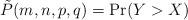
LaTeX: \begin{align*} \tilde P(m, n, p, q) = \Pr(Y > X) \end{align*}